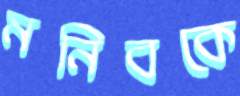
মনিবকে